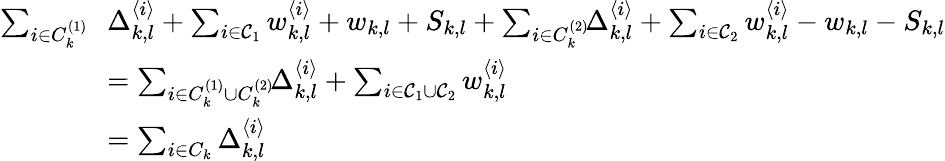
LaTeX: \begin{array}{rl}{\sum_{i\in C_{k}^{(1)}}\! \! }&{\Delta_{k,l}^{\langle i\rangle}+\sum_{i\in\mathcal{C}_{1}}w_{k,l}^{\langle i\rangle}+w_{k,l}+S_{k,l}+\sum_{i\in C_{k}^{(2)}}\! \! \Delta_{k,l}^{\langle i\rangle}+\sum_{i\in\mathcal{C}_{2}}w_{k,l}^{\langle i\rangle}-w_{k,l}-S_{k,l}}\\ &{=\sum_{i\in C_{k}^{(1)}\cup C_{k}^{(2)}}\! \! \Delta_{k,l}^{\langle i\rangle}+\sum_{i\in\mathcal{C}_{1}\cup\mathcal{C}_{2}}w_{k,l}^{\langle i\rangle}}\\ &{=\sum_{i\in C_{k}}\Delta_{k,l}^{\langle i\rangle}}\end{array}